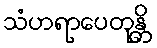
သံဟရာပေတုန္တိ